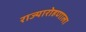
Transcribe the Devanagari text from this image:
राज्यारोहणाला